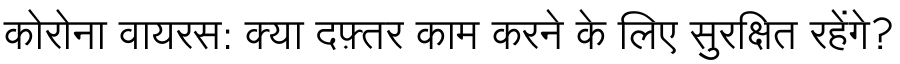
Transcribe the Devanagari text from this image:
कोरोना वायरस: क्या दफ़्तर काम करने के लिए सुरक्षित रहेंगे?